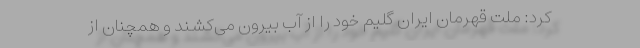
کرد: ملت قهرمان ایران گلیم خود را از آب بیرون می‌کشند و همچنان از